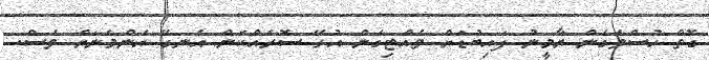
ގޮތް ހުސްވެގެން ޔާމީނު ފައިބުޑަށް ވެއްޓިގެން އުޅޭ ސޮރެއްކަން އެނގޭ އެންމެނަށް ވެސް.